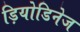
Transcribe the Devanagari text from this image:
ड़ियोडिनेज